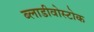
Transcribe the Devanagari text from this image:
ब्लाडीवोस्टोक